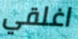
اغلقي